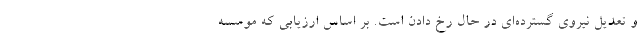
و تعدیل نیروی گسترده‌ای در حال رخ دادن است. بر اساس ارزیابی که موسسه